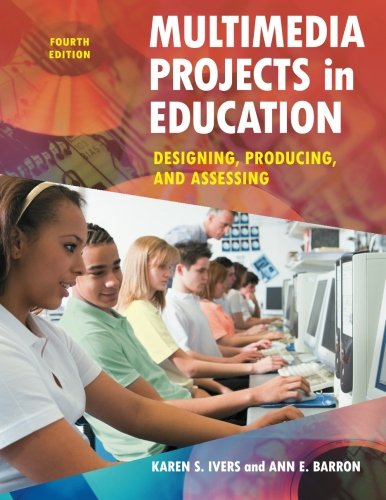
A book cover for Multimedia Projects in Education: Designing, Producing, and Assessing, 4th Edition; Karen S. Ivers; Education & Teaching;